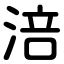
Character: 涪